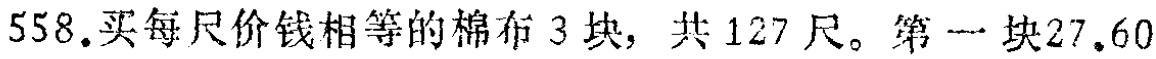
558.买每尺价钱相等的棉布 3 块，共 127 尺。第一块27.60